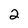
Character: 2